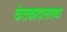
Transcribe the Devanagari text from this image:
केतकादासतथा